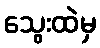
သွေးထဲမှ